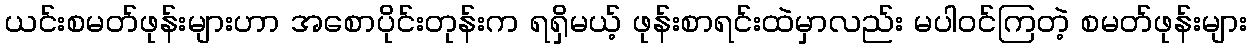
ယင်းစမတ်ဖုန်းများဟာ အစောပိုင်းတုန်းက ရရှိမယ့် ဖုန်းစာရင်းထဲမှာလည်း မပါဝင်ကြတဲ့ စမတ်ဖုန်းများ